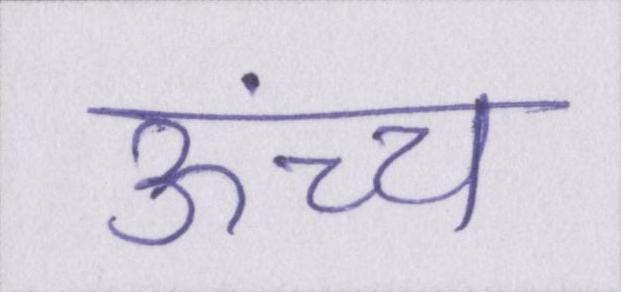
ऊंच्च